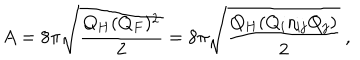
LaTeX: A = 8 \pi \sqrt { \frac { Q _ { H } ( Q _ { F } ) ^ { 2 } } { 2 } } = 8 \pi \sqrt { \frac { Q _ { H } ( Q _ { i } \eta _ { i j } Q _ { j } ) } { 2 } } \ ,